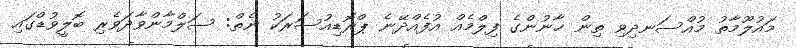
މައުލޫމާތު މުއްސަނދިވި ތިން ޚާނުންގެ ފިލްމެއް އުފެއްދޭނެ ޕްރޮޑިއުސަރަކު ނެތް: ސަލްމާންވާދަވެރި ބޮލީވުޑްގައި